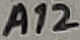
Text: A12